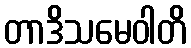
တာဒိသမေဝါတိ